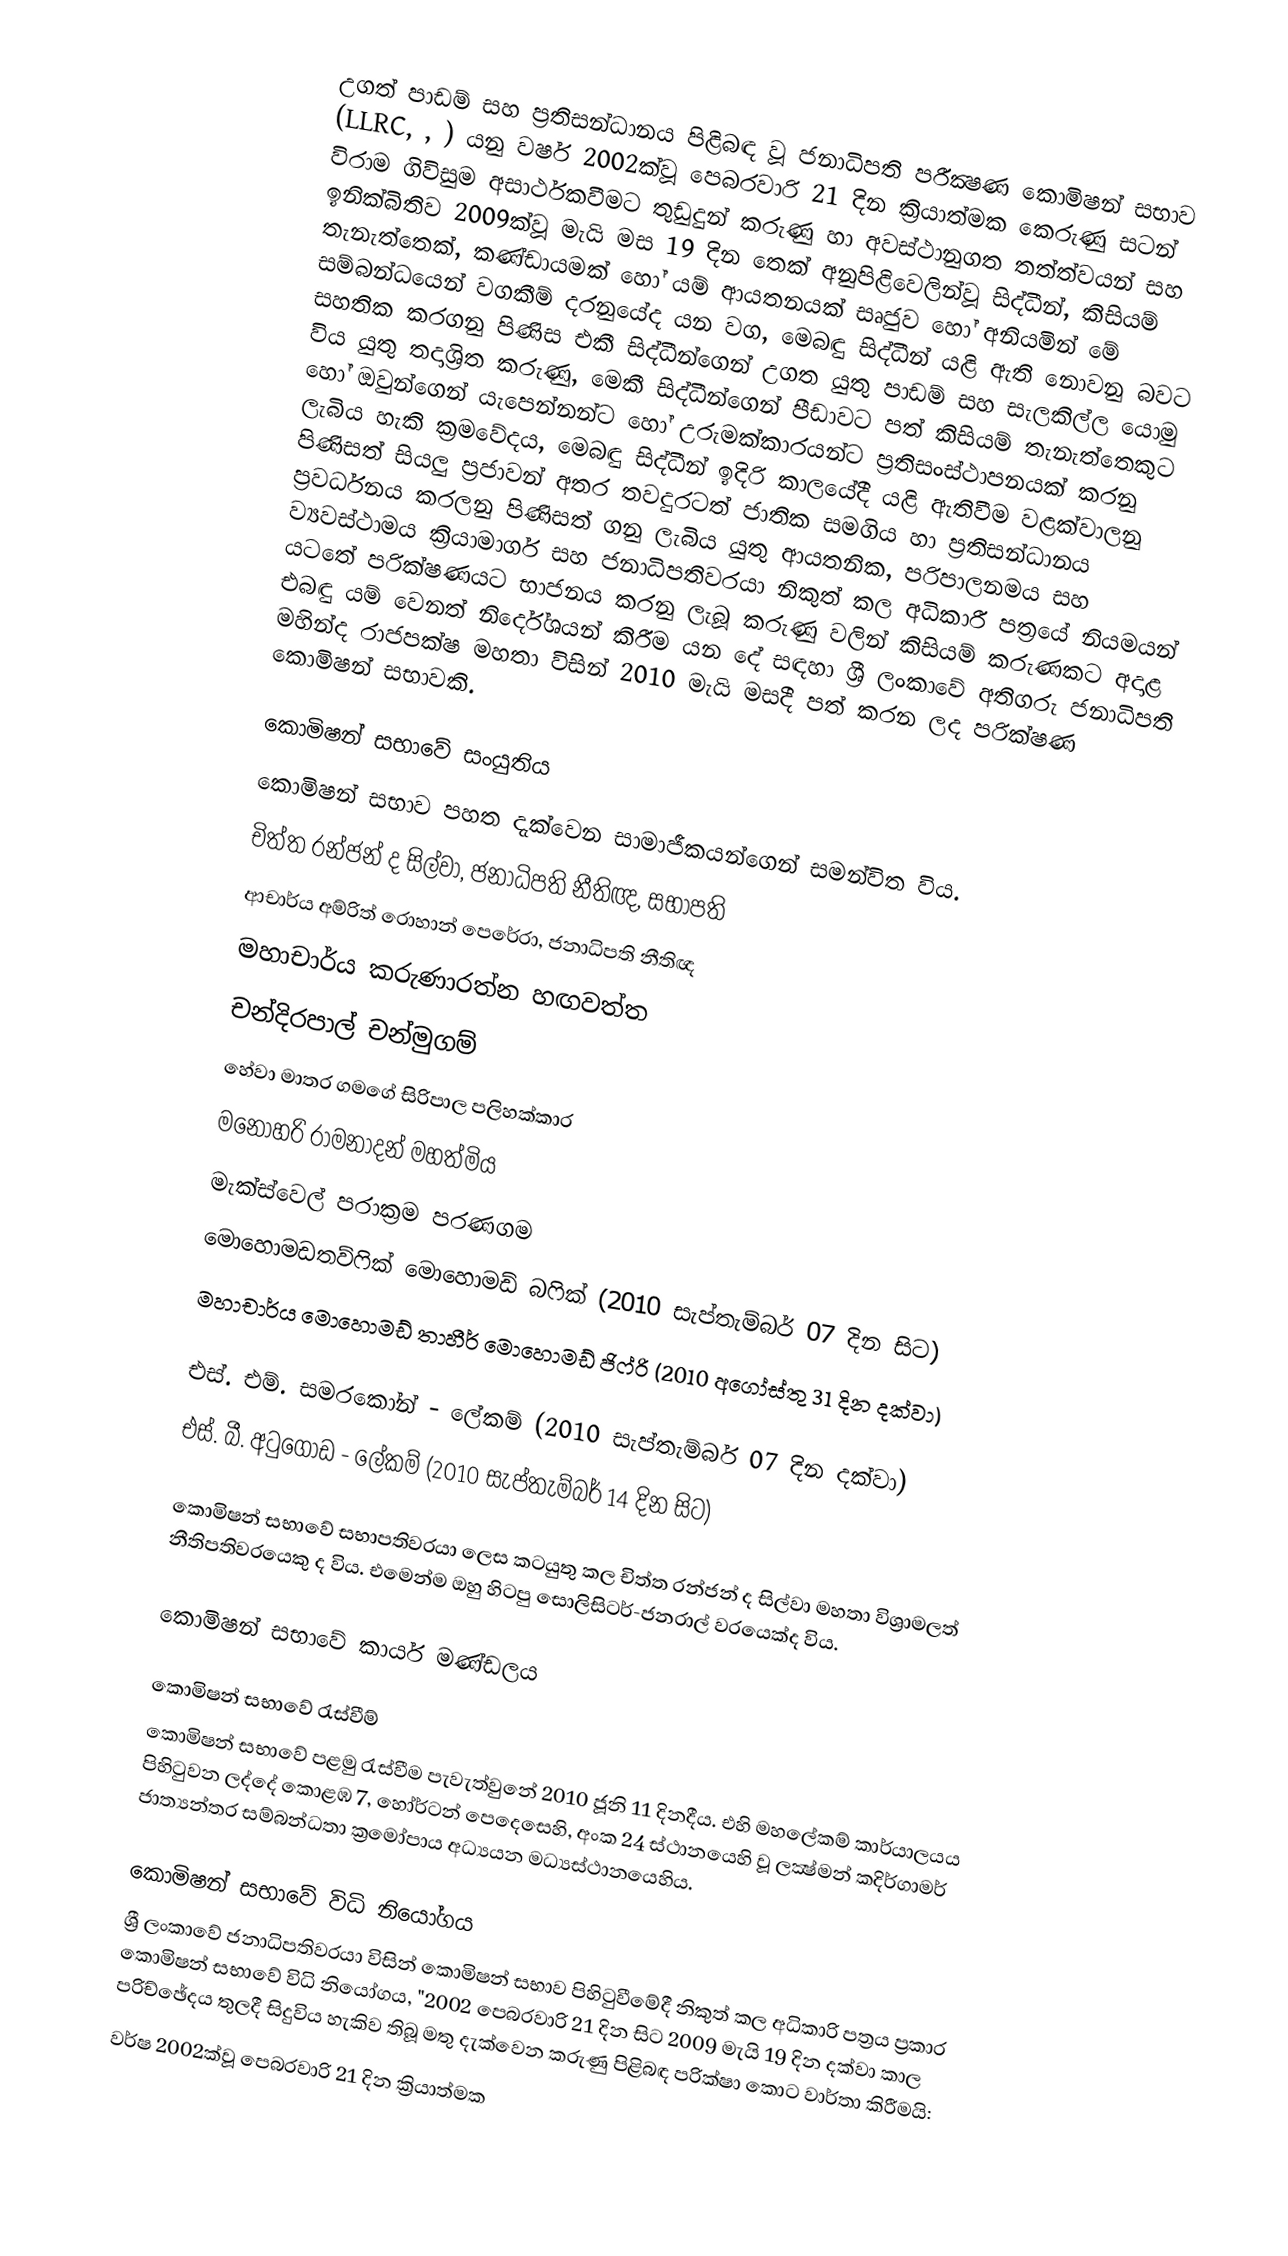
උගත් පාඩම් සහ ප්‍රතිසන්ධානය පිළිබඳ වූ ජනාධිපති පරීක්‍ෂණ කොමිෂන් සභාව (LLRC, , ) යනු වර්ෂ 2002ක්වූ පෙබරවාරි 21 දින ක්‍රියාත්මක කෙරුණු සටන් විරාම ගිවිසුම අසාර්ථකවීමට  තුඩුදුන් කරුණු හා අවස්ථානුගත තත්ත්වයන් සහ ඉනික්බිතිව 2009ක්වූ මැයි මස 19 දින තෙක් අනුපිළිවෙලින්වූ සිද්ධීන්, කිසියම් තැනැත්තෙක්, කණ්ඩායමක් හෝ යම් ආයතනයක් සෘජුව හෝ අනියමින් මේ සම්බන්ධයෙන් වගකීම් දරනුයේද යන වග, මෙබඳු  සිද්ධීන් යළි ඇති නොවනු බවට සහතික කරගනු පිණිස එකී සිද්ධීන්ගෙන් උගත යුතු පාඩම් සහ සැලකිල්ල යොමු විය යුතු තදාශ්‍රිත කරුණු, මෙකී සිද්ධීන්ගෙන් පීඩාවට පත් කිසියම් තැනැත්තෙකුට හෝ ඔවුන්ගෙන් යැපෙන්නන්ට හෝ උරුමක්කාරයන්ට ප්‍රතිසංස්ථාපනයක් කරනු ලැබිය හැකි ක්‍රමවේදය, මෙබඳු සිද්ධීන් ඉදිරි කාලයේදී යළි ඇතිවීම වළක්වාලනු පිණිසත් සියලු ප්‍රජාවන් අතර තවදුරටත් ජාතික සමගිය හා ප්‍රතිසන්ධානය ප්‍රවර්ධනය කරලනු පිණිසත් ගනු ලැබිය යුතු ආයතනික, පරිපාලනමය සහ ව්‍යවස්ථාමය ක්‍රියාමාර්ග සහ ජනාධිපතිවරයා නිකුත් කල අධිකාරී පත්‍රයේ නියමයන් යටතේ පරික්ෂණයට භාජනය කරනු ලැබූ කරුණු වලින් කිසියම් කරුණකට අදාළ එබඳු යම් වෙනත් නිර්දේශයන් කිරීම යන දේ සඳහා      ශ්‍රී ලංකාවේ අතිගරු ජනාධිපති මහින්ද රාජපක්ෂ මහතා විසින්  2010  මැයි මසදී පත් කරන ලද පරික්ෂණ කොමිෂන් සභාවකි.

කොමිෂන් සභාවේ සංයුතිය
කොමිෂන් සභාව පහත දැක්වෙන සාමාජීකයන්ගෙන් සමන්විත විය.
 චිත්ත රන්ජන් ද සිල්වා, ජනාධිපති නීතිඥ, සභාපති
 ආචාර්ය අම්රිත් රොහාන් පෙරේරා, ජනාධිපති නීතිඥ
 මහාචාර්ය කරුණාරත්න හඟවත්ත
 චන්දිරපාල් චන්මුගම්
 හේවා මාතර ගමගේ සිරිපාල පලිහක්කාර
 මනෝහරි රාමනාදන් මහත්මිය
 මැක්ස්වෙල් පරාක්‍රම පරණගම
 මොහොමඩතව්ෆික් මොහොමඩ් බෆික් (2010 සැප්තැම්බර් 07 දින සිට)
 මහාචාර්ය මොහොමඩ් තාහීර් මොහොමඩ් ජිෆ්රි (2010 අගෝස්තු 31 දින දක්වා)

 එස්. එම්.  සමරකෝන් - ලේකම් (2010 සැප්තැම්බර් 07 දින දක්වා)
එස්. බී. අටුගොඩ - ලේකම් (2010 සැප්තැම්බර් 14 දින සිට)

කොමිෂන් සභාවේ සභාපතිවරයා ලෙස කටයුතු කල චිත්ත රන්ජන් ද සිල්වා මහතා විශ්‍රාමලත් නීතිපතිවරයෙකු ද විය. එමෙන්ම ඔහු හිටපු සොලිසිටර්-ජනරාල් වරයෙක්ද විය.

කොමිෂන් සභාවේ කාර්ය මණ්ඩලය

කොමිෂන් සභාවේ රැස්වීම්
කොමිෂන් සභාවේ පළමු රැස්වීම පැවැත්වුනේ 2010 ජූනි 11 දිනදීය. එහි මහලේකම් කාර්යාලයය පිහිටුවන ලද්දේ කොළඹ 7, හෝර්ටන් පෙදෙසෙහි, අංක 24 ස්ථානයෙහි වූ ලක්‍ෂ්මන් කදිර්ගාමර් ජාත්‍යන්තර සම්බන්ධතා ක්‍රමෝපාය අධ්‍යයන මධ්‍යස්ථානයෙහිය.

කොමිෂන් සභාවේ විධි නියෝගය
ශ්‍රී ලංකාවේ ජනාධිපතිවරයා විසින් කොමිෂන් සභාව පිහිටුවීමේදී නිකුත් කල අධිකාරි පත්‍රය ප්‍රකාර කොමිෂන් සභාවේ විධි නියෝගය, "2002 පෙබරවාරි 21 දින සිට 2009 මැයි 19 දින දක්වා කාල පරිච්ඡේදය තුලදී සිදුවිය හැකිව තිබූ මතු දැක්වෙන කරුණු පිළිබඳ පරික්ෂා කොට වාර්තා කිරීමයි:
 වර්ෂ 2002ක්වූ පෙබරවාරි 21 දින ක්‍රියාත්මක